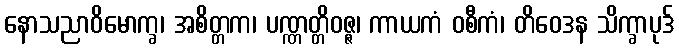
နောသညာဝိမောက္ခ၊ အစိတ္တက၊ ပဏ္ဏတ္တိဝဇ္ဇ၊ ကာယကံ ဝစီကံ၊ တိဝေဒန သိက္ခာပုဒ်